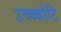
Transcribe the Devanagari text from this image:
उच्च्कोटि